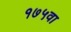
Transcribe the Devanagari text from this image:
१७५वा